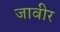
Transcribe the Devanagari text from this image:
जावीर